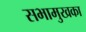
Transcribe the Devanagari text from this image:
सभामुखका